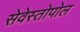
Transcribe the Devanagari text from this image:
सेवेस्तोपोल